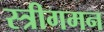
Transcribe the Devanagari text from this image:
स्त्रीगमन